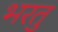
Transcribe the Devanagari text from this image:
भरतु